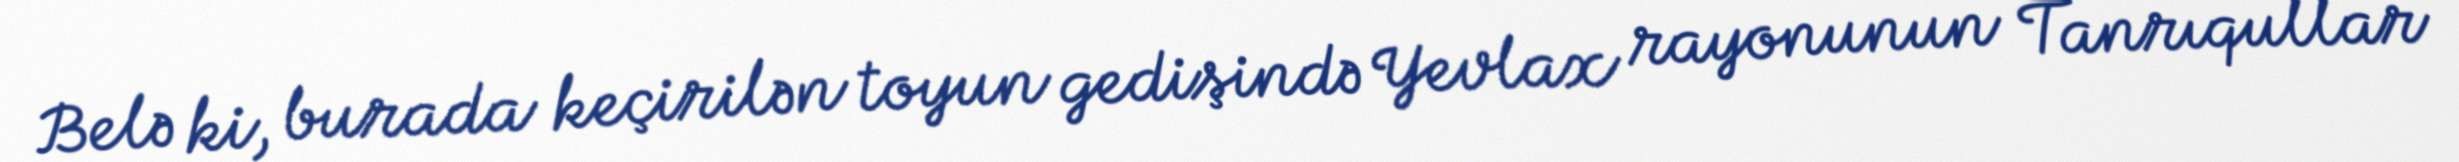
Belə ki, burada keçirilən toyun gedişində Yevlax rayonunun Tanrıqullar